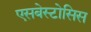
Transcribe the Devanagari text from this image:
एसबेस्टोसिस